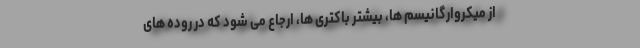
از میکروارگانیسم ها، بیشتر باکتری ها، ارجاع می شود که در روده های